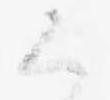
候